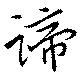
諦